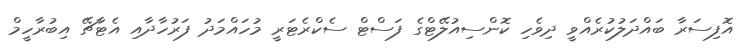
އޮފިސަރާ ބައްދަލުކުރެއްވީ ދިވެހި ކޮންސިއުލޭޓްގެ ފަސްޓް ސެކްރެޓަރީ މުހައްމަދު ފަރުހާދާއި އެޓާޗޭ އިބުރާހީމް